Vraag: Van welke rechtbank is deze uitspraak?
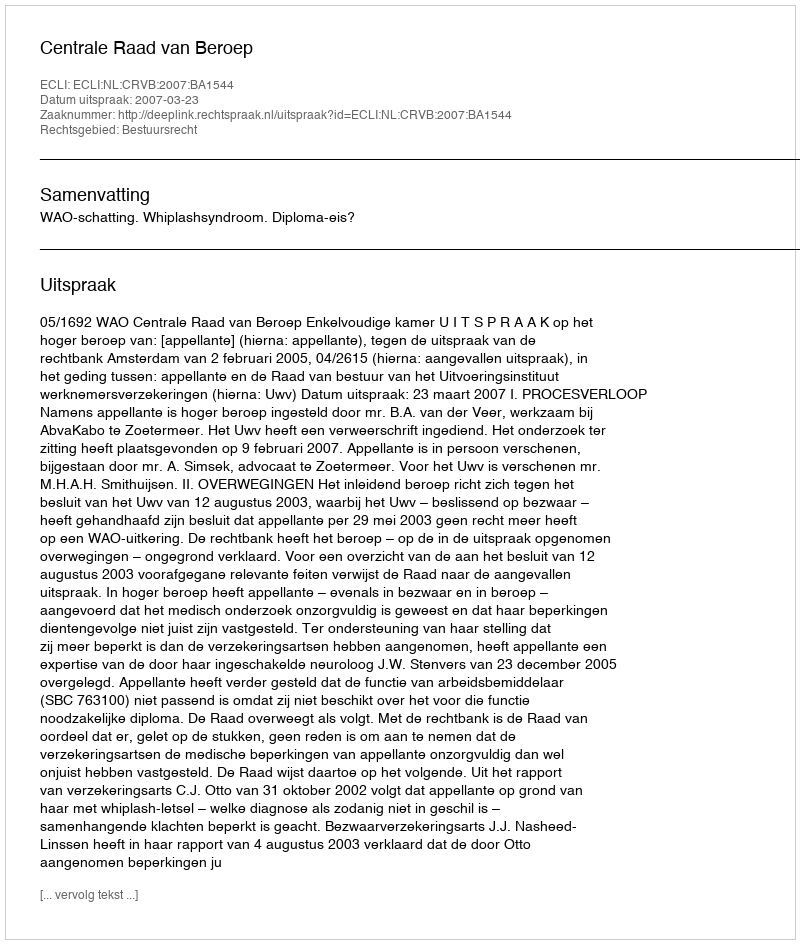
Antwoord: Centrale Raad van Beroep